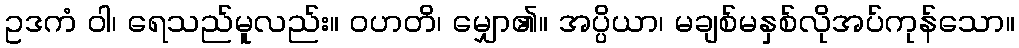
ဥဒကံ ဝါ၊ ရေသည်မူလည်း။ ဝဟတိ၊ မျှော၏။ အပ္ပိယာ၊ မချစ်မနှစ်လိုအပ်ကုန်သော။